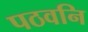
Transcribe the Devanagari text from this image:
पठवनि